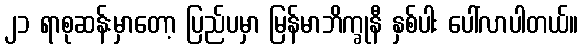
၂၁ ရာစုဆန်းမှာတော့ ပြည်ပမှာ မြန်မာဘိက္ခုနီ နှစ်ပါး ပေါ်လာပါတယ်။